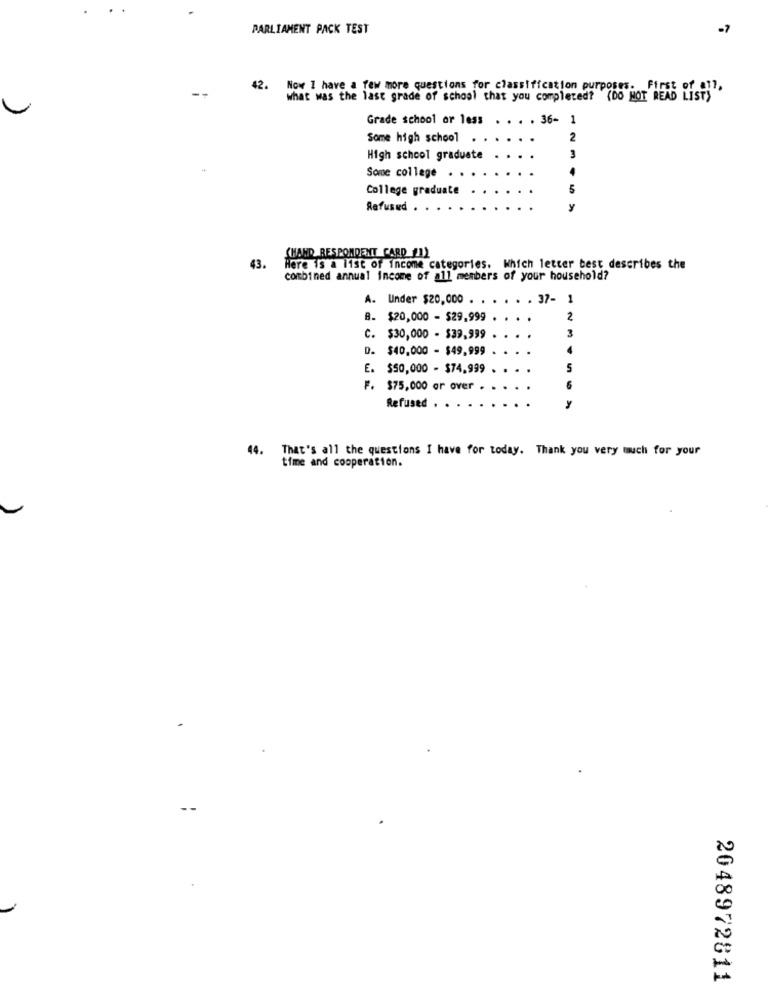
PARLIAMENT PACK TEST
-7
42.
Now I have a few more questions for classification purposes. First of all,
what was the last grade of school that you completed? (DO NOT READ LIST)
Grade school or less
.. . . 36- 1
Some high school
2
High school graduate
Some college
College graduate
5
Refused .
CHAND RESPONDENT CARD_21)
43.
Here is a list of income categories. Which letter best describes the
combined annual income of all members of your household?
A. Under $20,000 ..
. . . 37- 1
B. $20,000 - $29,999
2
3
C. $30,000 - $39,999
D. $40,000 - $49,999
E. $50,000 - $74.999
5
F. $75,000 or over
6
Refused
y
44.
That's all the questions I have for today. Thank you very much for your
time and cooperation.
2048972811